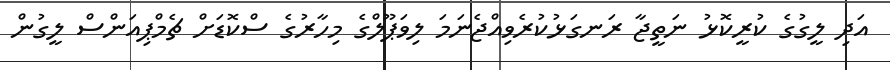
އަދި ލީގުގެ ކުރީކޮޅު ނަތީޖާ ރަނގަޅުކުރެވިއްޖެނަމަ ލިވަޕޫލްގެ މިހާރުގެ ސްކޮޑަށް ޗެމްޕިއަންސް ލީގުން